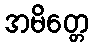
အမိတ္တေ